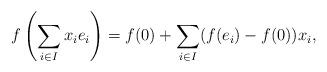
LaTeX: \begin{align*}f \left( \sum_{i \in I} x_i e_i \right) = f(0) + \sum_{i \in I} (f(e_i) -f(0)) x_i,\end{align*}